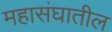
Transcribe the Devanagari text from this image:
महासंघातील